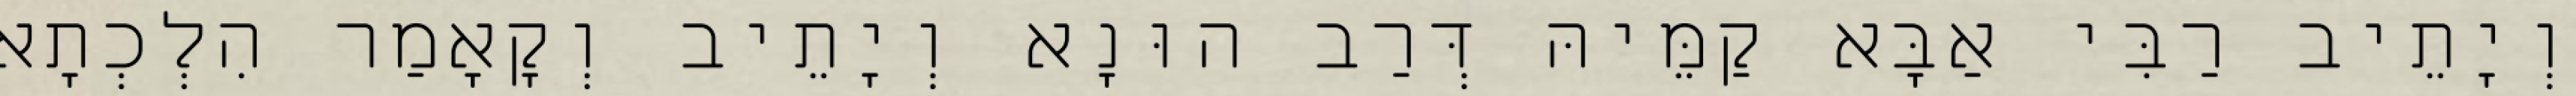
וְיָתֵיב רַבִּי אַבָּא קַמֵּיהּ דְּרַב הוּנָא וְיָתֵיב וְקָאָמַר הִלְכְתָא